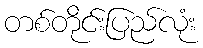
တစ်တိုင်းပြည်လုံး